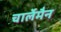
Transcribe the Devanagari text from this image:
चार्लेमैन